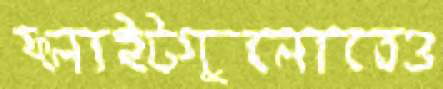
ফ্লাইটগুলোতেও